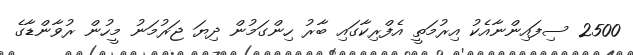
2500 ސިފައިންނާއެކު އިރުމަތީ އެފްރިކާގައި ބާރު ހިންގަމުން ދިޔަ ޖަރުމަނު މީހުން ރުވާންޑާގެ